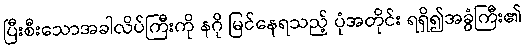
ပြီးစီးသောအခါလိပ်ကြီးကို နဂို မြင်နေရသည့် ပုံအတိုင်း ရရှိ၍အခွံကြီး၏